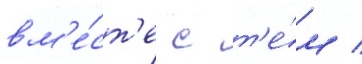
вм'е́ст'е с т'е́м /